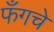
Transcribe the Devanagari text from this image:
फँगचे